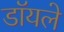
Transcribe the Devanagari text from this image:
डॉयले